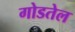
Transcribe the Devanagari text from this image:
गोडतेल